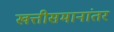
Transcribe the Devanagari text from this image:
खत्तीसमानांतर